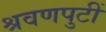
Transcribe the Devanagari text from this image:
श्रवणपुटीं